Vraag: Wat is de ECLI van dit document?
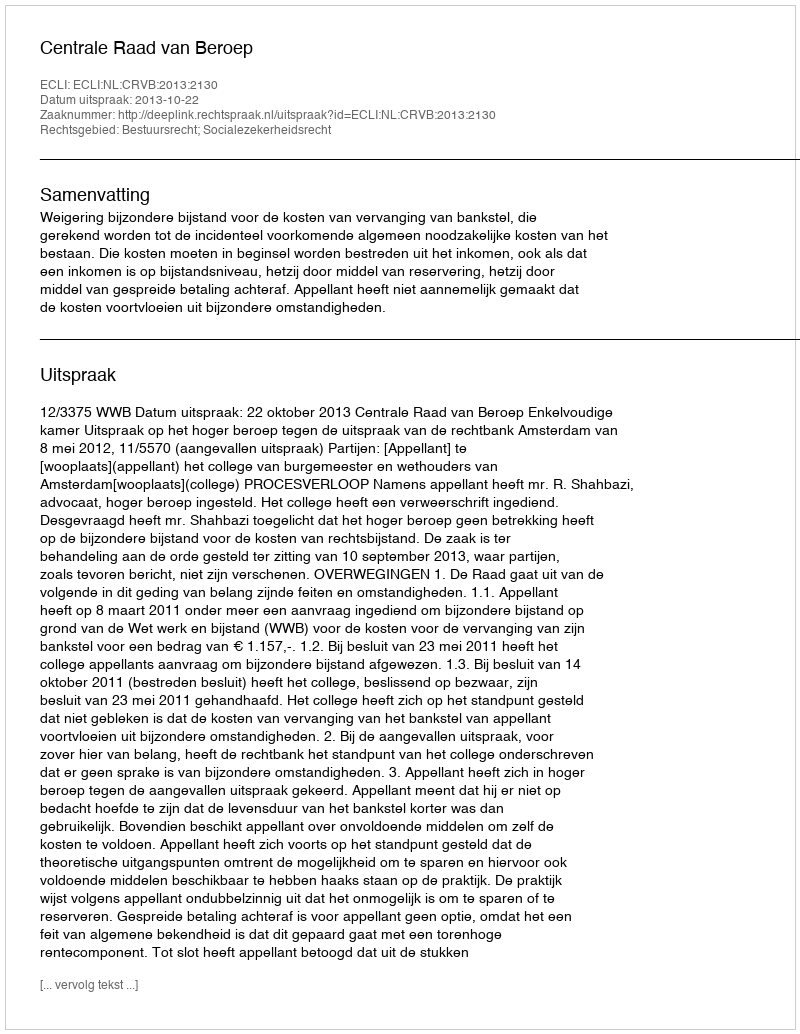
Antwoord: ECLI:NL:CRVB:2013:2130